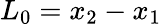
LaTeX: L_{0}=x_{2}-x_{1}